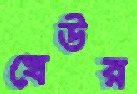
খেউর